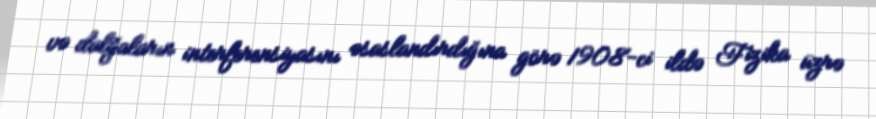
və dalğaların interferensiyasını əsaslandırdığına görə 1908-ci ildə Fizika üzrə